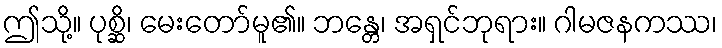
ဤသို့။ ပုစ္ဆိ၊ မေးတော်မူ၏။ ဘန္တေ၊ အရှင်ဘုရား။ ဂါမဇနကဿ၊